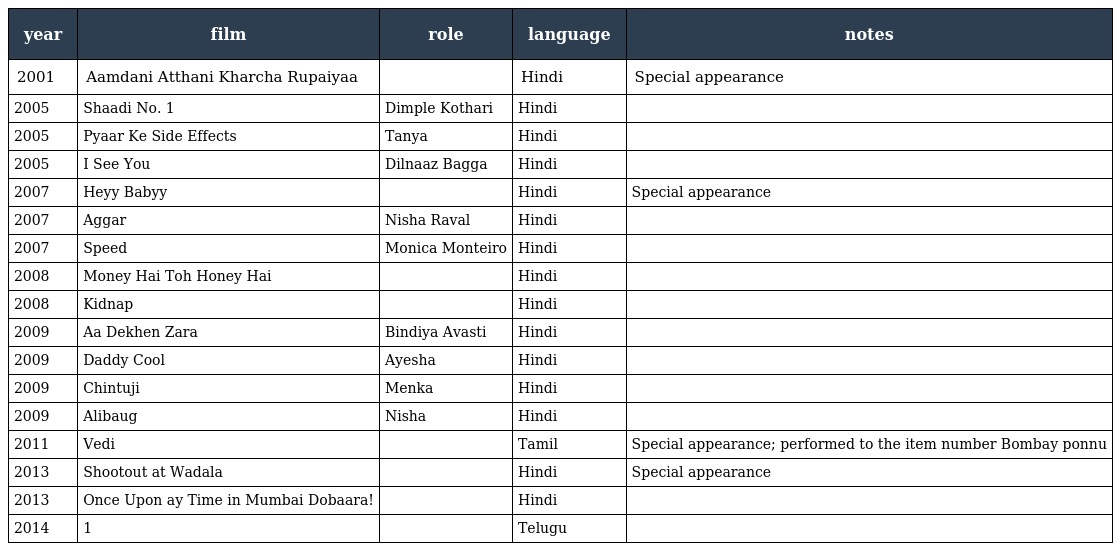
| year | film | role | language | notes |
 | --- | --- | --- | --- | --- |
 | 2001 | Aamdani Atthani Kharcha Rupaiyaa |  | Hindi | Special appearance |
 | 2005 | Shaadi No. 1 | Dimple Kothari | Hindi |  |
 | 2005 | Pyaar Ke Side Effects | Tanya | Hindi |  |
 | 2005 | I See You | Dilnaaz Bagga | Hindi |  |
 | 2007 | Heyy Babyy |  | Hindi | Special appearance |
 | 2007 | Aggar | Nisha Raval | Hindi |  |
 | 2007 | Speed | Monica Monteiro | Hindi |  |
 | 2008 | Money Hai Toh Honey Hai |  | Hindi |  |
 | 2008 | Kidnap |  | Hindi |  |
 | 2009 | Aa Dekhen Zara | Bindiya Avasti | Hindi |  |
 | 2009 | Daddy Cool | Ayesha | Hindi |  |
 | 2009 | Chintuji | Menka | Hindi |  |
 | 2009 | Alibaug | Nisha | Hindi |  |
 | 2011 | Vedi |  | Tamil | Special appearance; performed to the item number Bombay ponnu |
 | 2013 | Shootout at Wadala |  | Hindi | Special appearance |
 | 2013 | Once Upon ay Time in Mumbai Dobaara! |  | Hindi |  |
 | 2014 | 1 |  | Telugu |  |